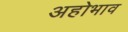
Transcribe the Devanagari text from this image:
अहोभाव